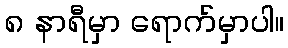
၈ နာရီမှာ ရောက်မှာပါ။